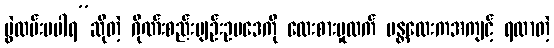
ပွဲလမ်းမပါရ”ဆိုတဲ့ ဂိုဏ်းစည်းမျဉ်းဥပဒေကို လေးစားမှုထက် မန္တလေးကအကျင့် ရလာတဲ့